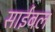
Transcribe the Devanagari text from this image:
साईबल